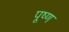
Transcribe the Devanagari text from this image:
पूष्ण